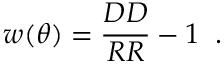
w ( \theta ) = \frac { D D } { R R } - 1 \; \; \mathrm { . }